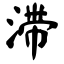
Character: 滞